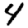
Digit: 4